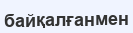
байқалғанмен